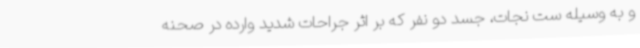
و به وسیله ست نجات، جسد دو نفر که بر اثر جراحات شدید وارده در صحنه